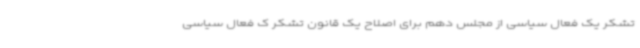
تشکر یک فعال سیاسی از مجلس دهم برای اصلاح یک قانون تشکر ک فعال سیاسی